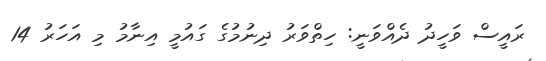
ރައީސް ވަހީދު ދެއްވަނީ: ހިތްވަރު ދިނުމުގެ ގައުމީ އިނާމު މި އަހަރު 14